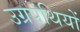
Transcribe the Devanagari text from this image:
उग्रपंथियों